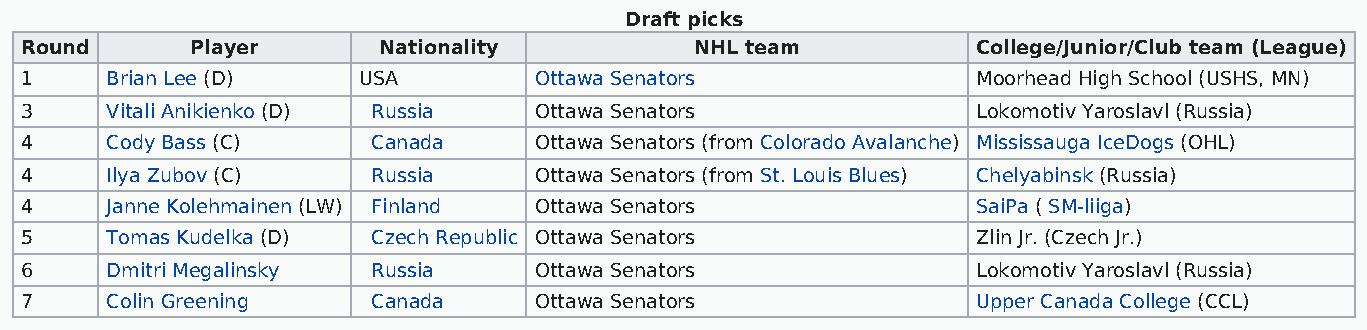
Draft picks
 Round       Player      Nationality          NHL team           College/Junior/Club team (League)
 1     Brian Lee (D)    USA        Ottawa Senators               Moorhead High School (USHS, MN)
 3     Vitali Anikienko (D) Russia Ottawa Senators               Lokomotiv Yaroslavl (Russia)
 4     Cody Bass (C)     Canada    Ottawa Senators (from Colorado Avalanche) Mississauga IceDogs (OHL)
 4     Ilya Zubov (C)    Russia    Ottawa Senators (from St. Louis Blues) Chelyabinsk (Russia)
 4     Janne Kolehmainen (LW) Finland Ottawa Senators            SaiPa ( SM-liiga)
 5     Tomas Kudelka (D) Czech Republic Ottawa Senators          Zlin Jr. (Czech Jr.)
 6     Dmitri Megalinsky Russia    Ottawa Senators               Lokomotiv Yaroslavl (Russia)
 7     Colin Greening    Canada    Ottawa Senators               Upper Canada College (CCL)